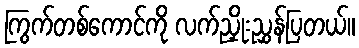
ကြွက်တစ်ကောင်ကို လက်ညှိုးညွှန်ပြတယ်။